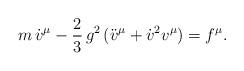
LaTeX: \begin{align*}m\,{\dot v}^\mu-{\frac23}\,g^2\,({\ddot v}^\mu+ {\dot v}^2 v^\mu)= f^\mu.\end{align*}